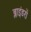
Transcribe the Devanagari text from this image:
ब्लाइंडरों